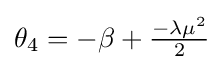
\textstyle \theta _{4}=-\beta +{\frac {-\lambda \mu ^{2}}{2}}